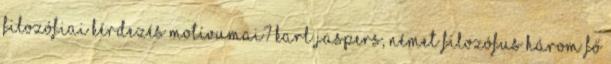
filozófiai kérdezés motívumai? Karl Jaspers, német filozófus három fő